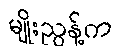
မျိုးညွန့်က